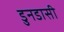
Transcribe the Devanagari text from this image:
डुनडासी